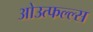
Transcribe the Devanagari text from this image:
ओउत्फल्ल्स